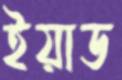
ইয়াড